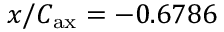
x / C _ { \mathrm { a x } } = - 0 . 6 7 8 6